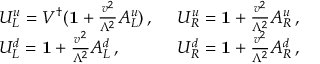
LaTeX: \begin{array} { l l } { { U _ { L } ^ { u } = V ^ { \dagger } ( { \mathbf { 1 } } + \frac { v ^ { 2 } } { \Lambda ^ { 2 } } A _ { L } ^ { u } ) \, , ~ } } & { { U _ { R } ^ { u } = { \mathbf { 1 } } + \frac { v ^ { 2 } } { \Lambda ^ { 2 } } A _ { R } ^ { u } \, , } } \\ { { U _ { L } ^ { d } = { \mathbf { 1 } } + \frac { v ^ { 2 } } { \Lambda ^ { 2 } } A _ { L } ^ { d } \, , } } & { { U _ { R } ^ { d } = { \mathbf { 1 } } + \frac { v ^ { 2 } } { \Lambda ^ { 2 } } A _ { R } ^ { d } \, , } } \end{array}